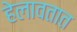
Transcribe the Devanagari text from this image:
हेलावतात